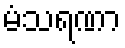
မံသရဏာ